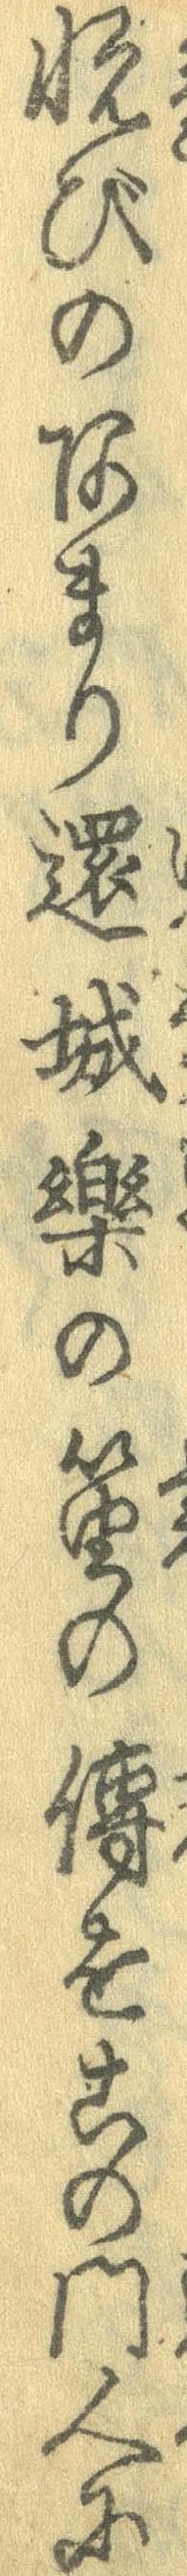
悦びのあまり還城楽の笛の伝をこの門人に